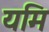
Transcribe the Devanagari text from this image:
यमि